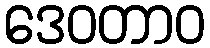
ဒေဝတာဝ